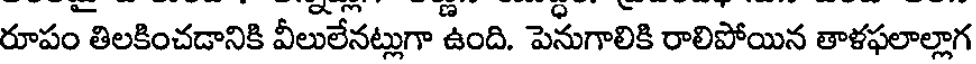
రూపం తిలకించడానికి వీలులేనట్లుగా ఉంది. పెనుగాలికి రాలిపోయిన తాళఫలాల్లాగ